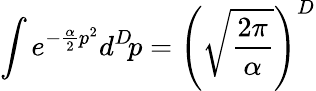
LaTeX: \int e^{-{\frac{\alpha}{2}}p^{2}}d^{D}\! p=\left(\sqrt{\frac{2\pi}{\alpha}}\right)^{D}